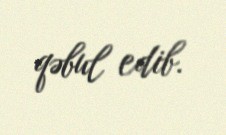
qəbul edib.